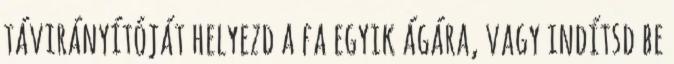
távirányítóját helyezd a fa egyik ágára, vagy indítsd be